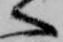
へ